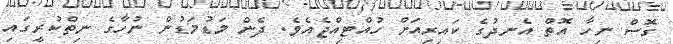
ގޮސް ނިހާ އޮތް އެނދުގެ ކައިރިއަށް ހުއްޓިއްޖެއެވެ. ދެން މަޑުމަޑުން ނުހާގެ ނިތްކުރީގައި